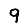
Digit: 9